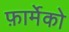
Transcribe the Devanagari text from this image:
फ़ार्मेको